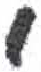
אות: י